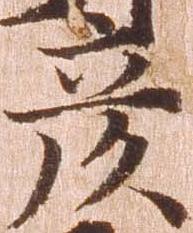
彦